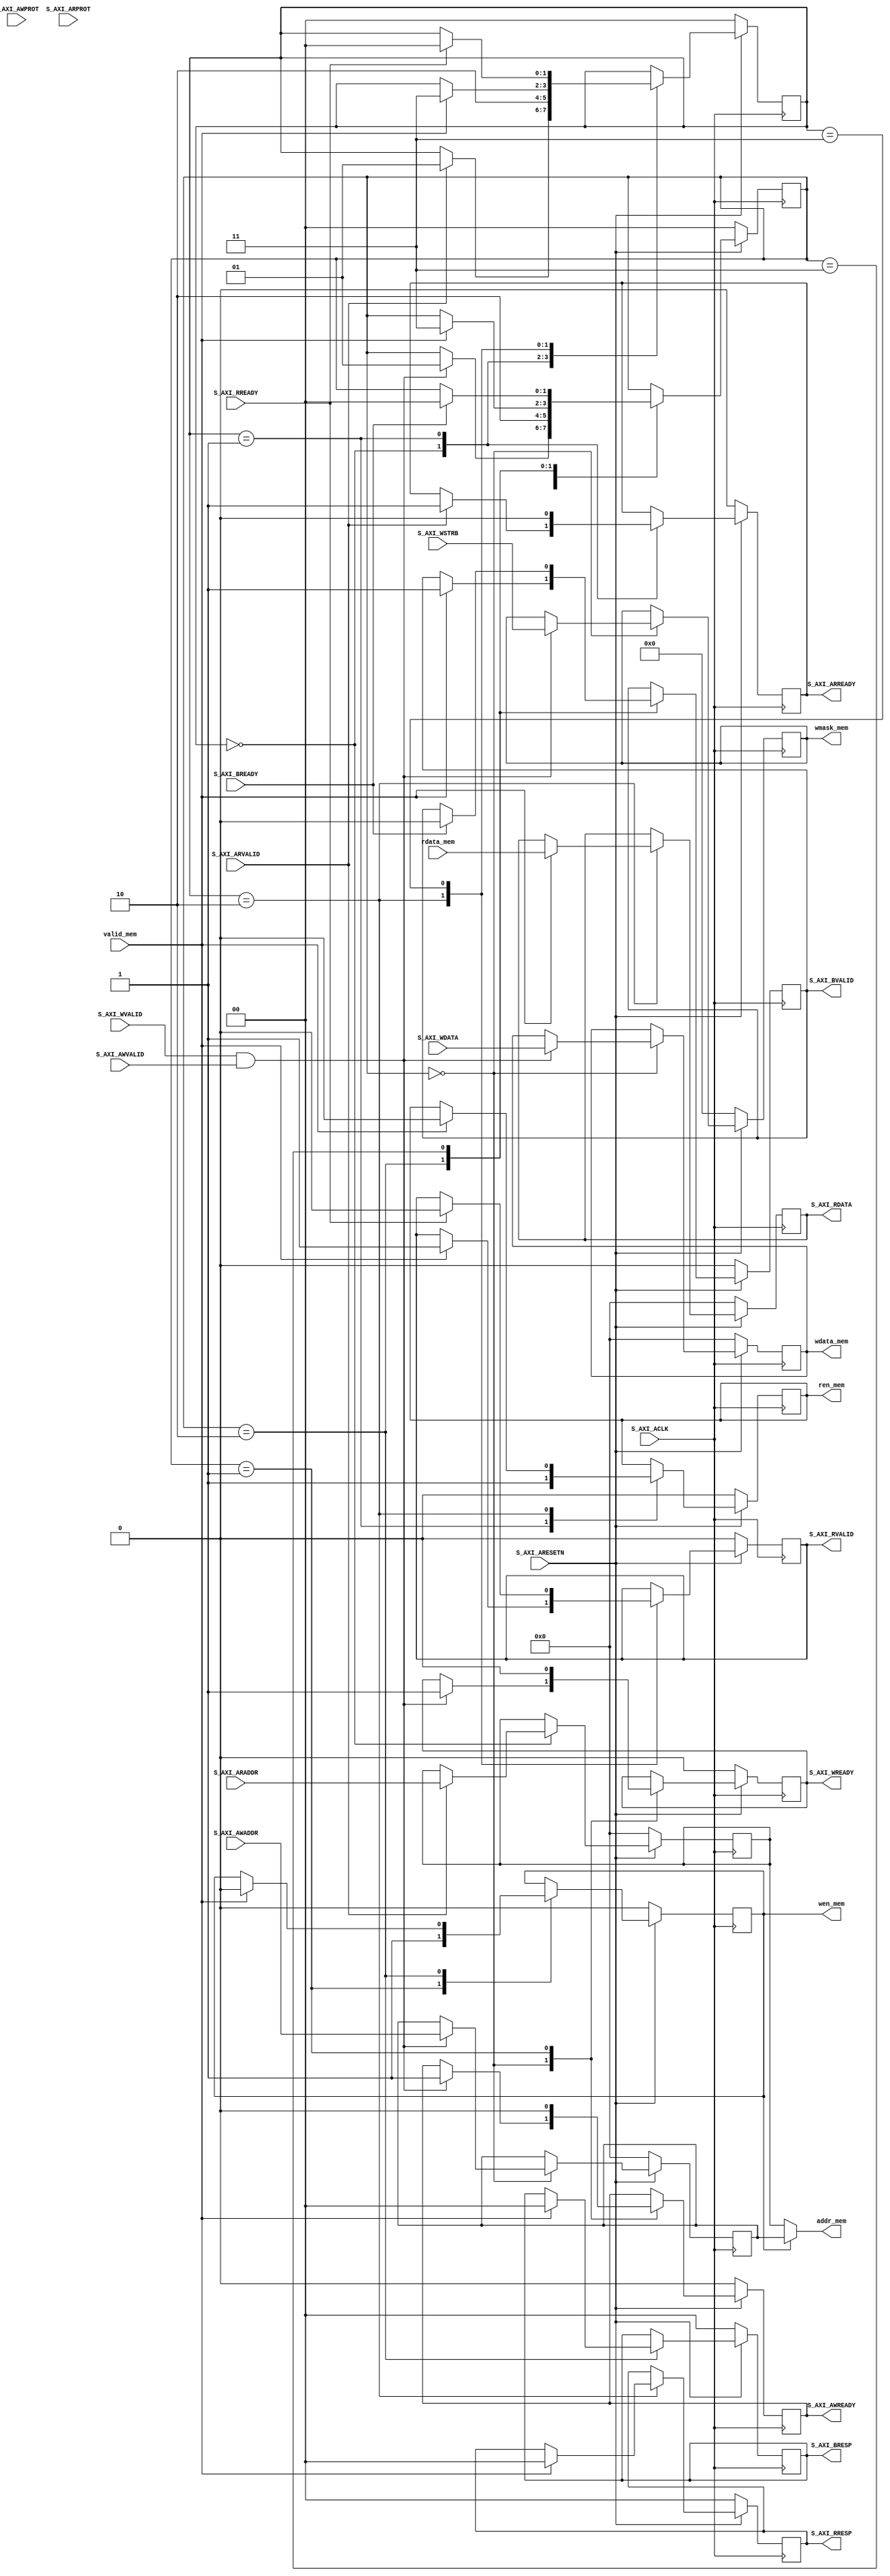

`timescale 1 ns / 1 ps

module MemAxi_lite #
(
    // Width of S_AXI data bus
    parameter integer C_S_AXI_DATA_WIDTH	= 64,
    // Width of S_AXI address bus
    parameter integer C_S_AXI_ADDR_WIDTH	= 64
)
(
    // Global Clock Signal
    input wire  S_AXI_ACLK,
    // Global Reset Signal. This Signal is Active LOW
    input wire  S_AXI_ARESETN,

    // Write address (issued by master, acceped by Slave)
    input wire [C_S_AXI_ADDR_WIDTH-1 : 0] S_AXI_AWADDR,
    // Write channel Protection type. This signal indicates the
        // privilege and security level of the transaction, and whether
        // the transaction is a data access or an instruction access.
    input wire [2 : 0] S_AXI_AWPROT,
    // Write address valid. This signal indicates that the master signaling
        // valid write address and control information.
    input wire  S_AXI_AWVALID,
    // Write address ready. This signal indicates that the slave is ready
        // to accept an address and associated control signals.
    output wire  S_AXI_AWREADY,

    // Write data (issued by master, acceped by Slave) 
    input wire [C_S_AXI_DATA_WIDTH-1 : 0] S_AXI_WDATA,
    // Write strobes. This signal indicates which byte lanes hold
        // valid data. There is one write strobe bit for each eight
        // bits of the write data bus.    
    input wire [(C_S_AXI_DATA_WIDTH/8)-1 : 0] S_AXI_WSTRB,
    // Write valid. This signal indicates that valid write
        // data and strobes are available.
    input wire  S_AXI_WVALID,
    // Write ready. This signal indicates that the slave
        // can accept the write data.
    output wire  S_AXI_WREADY,

    // Write response. This signal indicates the status
        // of the write transaction.
    output wire [1 : 0] S_AXI_BRESP,
    // Write response valid. This signal indicates that the channel
        // is signaling a valid write response.
    output wire  S_AXI_BVALID,
    // Response ready. This signal indicates that the master
        // can accept a write response.
    input wire  S_AXI_BREADY,

    /**********************************************************************/

    // Read address (issued by master, acceped by Slave)
    input wire [C_S_AXI_ADDR_WIDTH-1 : 0] S_AXI_ARADDR,
    // Protection type. This signal indicates the privilege
        // and security level of the transaction, and whether the
        // transaction is a data access or an instruction access.
    input wire [2 : 0] S_AXI_ARPROT,
    // Read address valid. This signal indicates that the channel
        // is signaling valid read address and control information.
    input wire  S_AXI_ARVALID,
    // Read address ready. This signal indicates that the slave is
        // ready to accept an address and associated control signals.
    output wire  S_AXI_ARREADY,

    // Read data (issued by slave)
    output wire [C_S_AXI_DATA_WIDTH-1 : 0] S_AXI_RDATA,
    // Read response. This signal indicates the status of the
        // read transfer.
    output wire [1 : 0] S_AXI_RRESP,
    // Read valid. This signal indicates that the channel is
        // signaling the required read data.
    output wire  S_AXI_RVALID,
    // Read ready. This signal indicates that the master can
        // accept the read data and response information.
    input wire  S_AXI_RREADY,

    /**********************************************************************/

    output wire [C_S_AXI_ADDR_WIDTH-1 : 0] addr_mem,
    output wire [C_S_AXI_DATA_WIDTH-1 : 0] wdata_mem,
    input  wire [C_S_AXI_DATA_WIDTH-1 : 0] rdata_mem,
    input  wire valid_mem, 
    output reg wen_mem,
    output reg ren_mem,
    output wire [(C_S_AXI_DATA_WIDTH/8)-1 : 0] wmask_mem
);

    reg [C_S_AXI_ADDR_WIDTH-1 : 0] axi_awaddr;
	reg axi_awready;
    reg [C_S_AXI_DATA_WIDTH-1 : 0] axi_wdata;
    reg [C_S_AXI_DATA_WIDTH/8-1 : 0] axi_wstrb;
	reg axi_wready;
	reg [1 : 0] axi_bresp;
	reg axi_bvalid;
	reg [C_S_AXI_ADDR_WIDTH-1 : 0] axi_araddr;
	reg axi_arready;
	reg [C_S_AXI_DATA_WIDTH-1 : 0] axi_rdata;
	reg [1 : 0] axi_rresp;
	reg axi_rvalid;

    assign S_AXI_AWREADY	= axi_awready;
	assign S_AXI_WREADY	= axi_wready;
	assign S_AXI_BRESP	= axi_bresp;
	assign S_AXI_BVALID	= axi_bvalid;
	assign S_AXI_ARREADY	= axi_arready;
	assign S_AXI_RDATA	= axi_rdata;
	assign S_AXI_RRESP	= axi_rresp;
	assign S_AXI_RVALID	= axi_rvalid;

    localparam WIDLE=2'b00;
    localparam WGETDATA=2'b01;
    localparam WWORK=2'b10;
    localparam WBRESP=2'b11;
    reg [1:0] wstate;
    always@(posedge S_AXI_ACLK)begin
        if(!S_AXI_ARESETN)begin
            wstate<=WIDLE;
            axi_awaddr<=64'b0;
            axi_awready<=1'b0;
            axi_wdata<=64'b0;
            axi_wready<=1'b0;
            axi_bresp<=2'b0;
            axi_bvalid<=1'b0;
            wen_mem<=1'b0;
            axi_wstrb<=8'b0;
        end else begin
            case(wstate)
                WIDLE:
                    begin
                        if(S_AXI_WVALID&S_AXI_AWVALID)begin
                            axi_wready<=1'b1;
                            axi_awready<=1'b1;
                            axi_awaddr<=S_AXI_AWADDR;
                            axi_wdata<=S_AXI_WDATA;
                            axi_wstrb<=S_AXI_WSTRB;
                            wstate<=WGETDATA;
                        end
                    end
                WGETDATA:
                    begin
                        wen_mem<=1'b1;
                        wstate<=WWORK;
                        axi_awready<=1'b0;
                        axi_wready<=1'b0;
                    end
                WWORK:
                    begin
                        if(valid_mem)begin
                            wen_mem<=1'b0;
                            wstate<=WBRESP;
                            axi_bvalid<=1'b1;
                            axi_bresp<=2'b0;
                        end
                    end
                WBRESP:
                    begin
                        if(S_AXI_BREADY)begin
                            wstate<=WIDLE;
                            axi_bvalid<=1'b0;
                        end
                    end
            endcase
        end
    end

    assign addr_mem=wen_mem?axi_awaddr:axi_araddr;
    assign wmask_mem=axi_wstrb;
    assign wdata_mem=axi_wdata;

    localparam RIDLE=2'b00;
    localparam RGETADDR=2'b01;
    localparam RWORK=2'b10;
    localparam RRESP=2'b11;
    reg [1:0] rstate;
    always@(posedge S_AXI_ACLK)begin
        if(!S_AXI_ARESETN)begin
            rstate<=RIDLE;
            axi_arready<=1'b0;
            axi_rvalid<=1'b0;
            axi_rresp<=2'b0;
            ren_mem<=1'b0;
            axi_araddr<=64'b0;
            axi_rdata<=64'b0;
        end else begin
            case(rstate)
                RIDLE:
                    begin
                        if(S_AXI_ARVALID)begin
                            rstate<=RGETADDR;
                            axi_arready<=1'b1;
                            axi_araddr<=S_AXI_ARADDR;
                        end
                    end
                RGETADDR:
                    begin
                        axi_arready<=1'b0;
                        ren_mem<=1'b1;
                        rstate<=RWORK;
                    end
                RWORK:
                    begin
                        if(valid_mem)begin
                            ren_mem<=1'b0;
                            rstate<=RRESP;
                            axi_rdata<=rdata_mem;
                            axi_rvalid<=1'b1;
                            axi_rresp<=2'b0;
                        end
                    end
                RRESP:
                    begin
                        if(S_AXI_RREADY)begin
                            axi_rvalid<=1'b0;
                            rstate<=RIDLE;
                        end
                    end
            endcase
        end
    end

endmodule